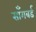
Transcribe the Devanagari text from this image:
साँगबर्ड